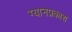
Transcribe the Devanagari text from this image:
ग्यानप्रकाश